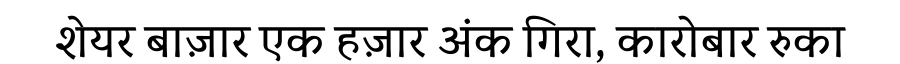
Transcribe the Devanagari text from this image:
शेयर बाज़ार एक हज़ार अंक गिरा, कारोबार रुका